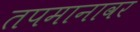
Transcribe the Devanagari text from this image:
तपमानावर